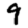
Digit: 9